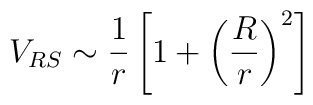
V_{RS} \sim \frac{1}{r} \left[ 1 + \left(\frac{R}{r}\right)^2\right]